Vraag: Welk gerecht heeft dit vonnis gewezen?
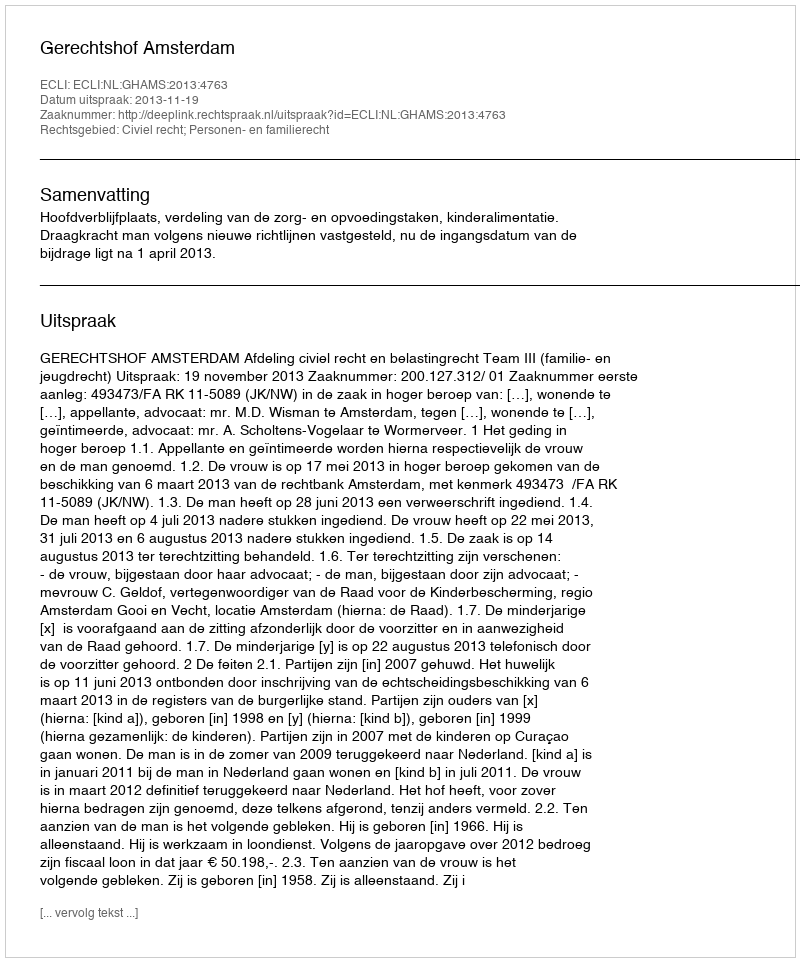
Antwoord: Gerechtshof Amsterdam